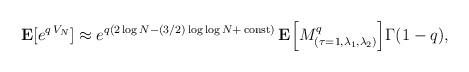
LaTeX: \begin{align*}{\bf E}[e^{q\,V_N}] \approx e^{q(2\log N-(3/2)\log\log N+\,{\rm const})}\,{\bf E}\Bigl[M^q_{(\tau=1,\lambda_1,\lambda_2)}\Bigr]\Gamma(1-q),\end{align*}